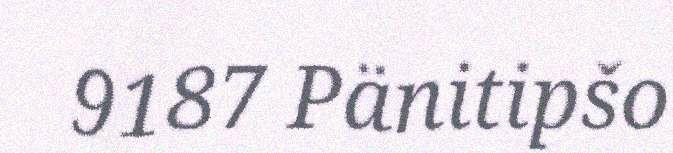
9187 Pänitipšo